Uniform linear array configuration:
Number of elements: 12
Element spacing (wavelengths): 1
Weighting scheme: binomial
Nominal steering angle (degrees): -15
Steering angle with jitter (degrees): -16.962
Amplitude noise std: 0.05
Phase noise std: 0.05

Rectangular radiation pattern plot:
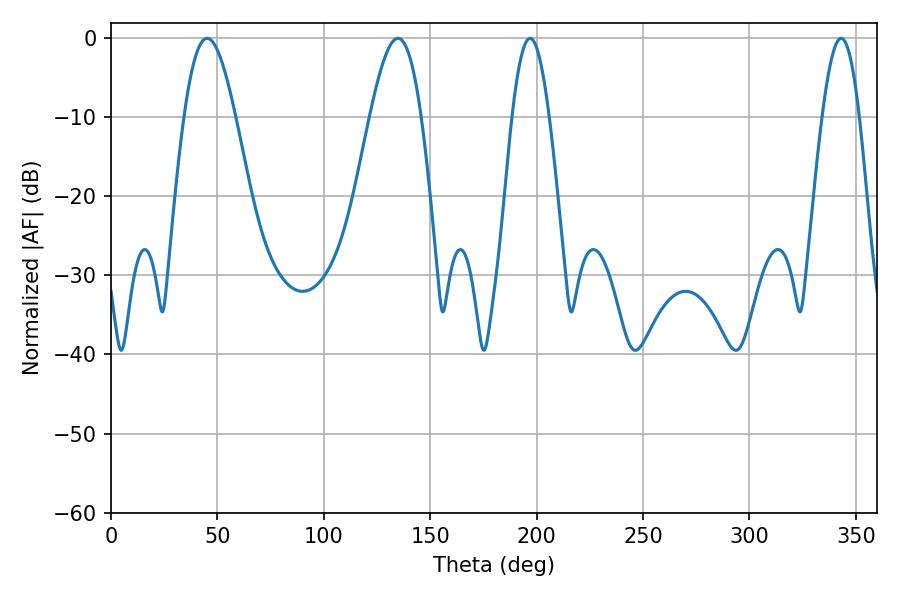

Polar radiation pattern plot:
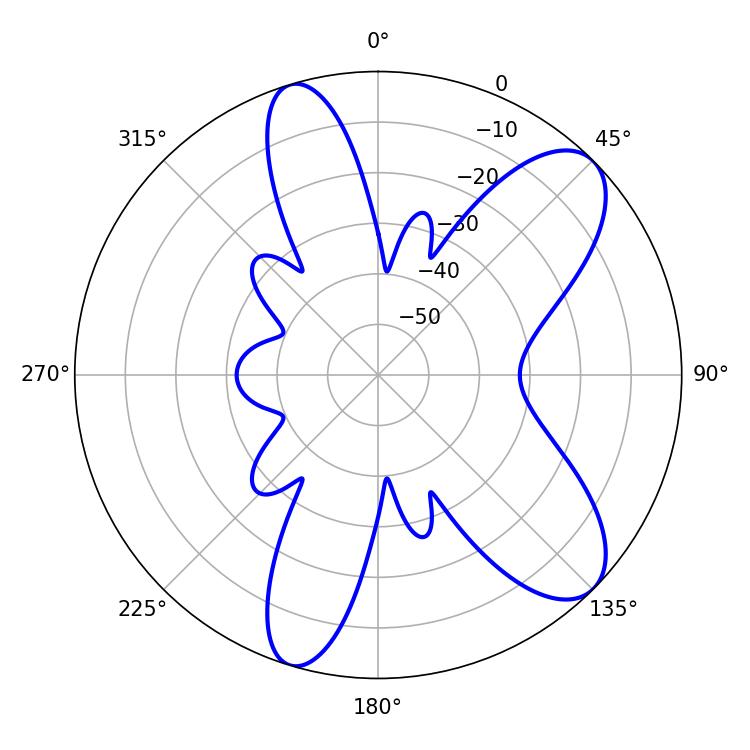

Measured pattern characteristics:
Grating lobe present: TRUE
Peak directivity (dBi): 9.046
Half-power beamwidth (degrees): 9.54
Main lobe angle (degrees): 196.92